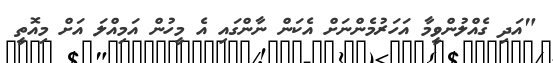
"އަދި ގެއްލުންވީމާ އަހަރުމެންނަށް އެކަން ނާންގައި އެ މީހުން އަމިއްލަ އަށް މިއޮތީ